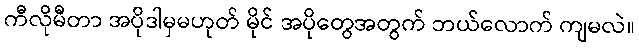
ကီလိုမီတာ အပိုဒါမှမဟုတ် မိုင် အပိုတွေအတွက် ဘယ်လောက် ကျမလဲ။